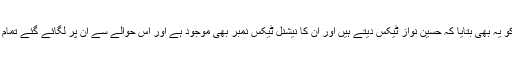
مخدوم علی خان نے عدالت کو یہ بھی بتایا کہ حسین نواز ٹیکس دیتے ہیں اور ان کا نیشنل ٹیکس نمبر بھی موجود ہے اور اس حوالے سے ان پر لگائے گئے تمام الزامات جھوٹ پر مبنی ہیں۔